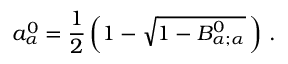
a _ { \alpha } ^ { 0 } = \frac { 1 } { 2 } \left( 1 - \sqrt { 1 - B _ { \alpha ; \alpha } ^ { 0 } } \, \right) \, .